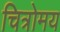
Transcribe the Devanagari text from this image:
चित्रोमय